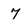
Character: 7